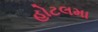
હોટલમા